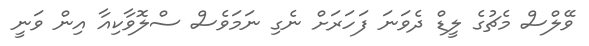
ވޭލްސް މެޗުގެ ލީޑް ދެވަނަ ފަހަރަށް ނެގި ނަމަވެސް ސްލޮވާކިއާ އިން ވަނީ